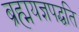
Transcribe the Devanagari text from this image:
ब्रह्मयज्ञपद्धति